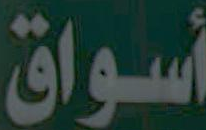
أسواق